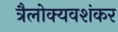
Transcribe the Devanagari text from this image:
त्रैलोक्यवशंकर